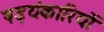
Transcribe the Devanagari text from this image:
षड़यंकारियों